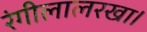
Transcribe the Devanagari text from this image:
रंगीलालरखा।